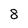
Character: 8